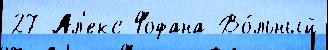
27 Ал'екс Фофана Во́льный